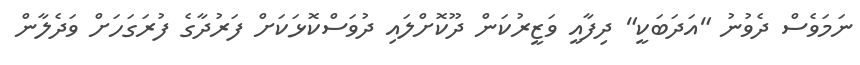
ނަމަވެސް ދެވުނު "އަދަބަކީ" ދިފާއީ ވަޒީރުކަން ދޫކޮށްލައި ދުވަސްކޮޅަކަށް ފަރުދާގެ ފުރަގަހަށް ވަދެލާން